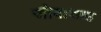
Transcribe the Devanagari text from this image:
जीवाशाह